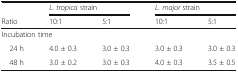
|  | <COLSPAN=2> L. tropica strain | <COLSPAN=2> L. major strain |
 | Ratio | 10:1 | 5:1 | 10:1 | 5:1 |
 | --- | --- | --- | --- | --- |
 | <COLSPAN=5> Incubation time |
 | 24 h | 4.0 ± 0.3 | 3.0 ± 0.3 | 3.0 ± 0.3 | 3.0 ± 0.3 |
 | 48 h | 3.0 ± 0.2 | 3.0 ± 0.3 | 4.0 ± 0.3 | 3.5 ± 0.5 |